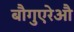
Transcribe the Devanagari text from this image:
बौगुएरेऔ